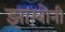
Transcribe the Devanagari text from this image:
झाम्बोनी